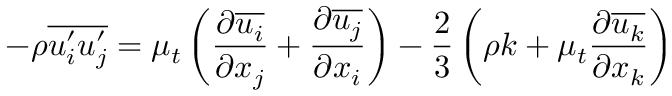
- \rho \overline { { u _ { i } ^ { \prime } u _ { j } ^ { \prime } } } = \mu _ { t } \left( \frac { \partial \overline { { u _ { i } } } } { \partial x _ { j } } + \frac { \partial \overline { { u _ { j } } } } { \partial x _ { i } } \right) - \frac { 2 } { 3 } \left( \rho k + \mu _ { t } \frac { \partial \overline { { u _ { k } } } } { \partial x _ { k } } \right)